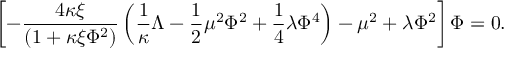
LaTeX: \left[ - \frac { 4 \kappa \xi } { \left( 1 + \kappa \xi \Phi ^ { 2 } \right) } \left( \frac { 1 } { \kappa } \Lambda - \frac { 1 } { 2 } \mu ^ { 2 } \Phi ^ { 2 } + \frac { 1 } { 4 } \lambda \Phi ^ { 4 } \right) - \mu ^ { 2 } + \lambda \Phi ^ { 2 } \right] \Phi = 0 .